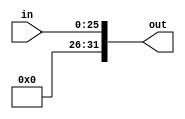
`timescale 1ns / 1ps
//////////////////////////////////////////////////////////////////////////////////
// Company: 
// Engineer: 
// 
// Design Name: 
// Module Name:    JumpZeroExtender 
// Project Name: 
// Target Devices: 
// Tool versions: 
// Description: 
//
// Dependencies: 
//
// Revision: 
// Revision 0.01 - File Created
// Additional Comments: 
//
//////////////////////////////////////////////////////////////////////////////////
module JumpZeroExtender(in, out);
input [25:0] in;
output reg [31:0] out;

always @(in)
begin
out [31:26] <= 6'b0;
out [25:0] <= in[25:0]; 
end
endmodule